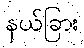
နယ်ခြား